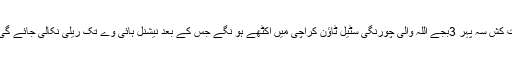
اس سلسلے میں احتجاج کے طے شدہ پروگرام کے مطابق تمام محنت کش سہ پہر 3بجے اللہ والی چورنگی سٹیل ٹاؤن کراچی میں اکٹھے ہو نگے جس کے بعد نیشنل ہائی وے تک ریلی نکالی جائے گی اور نیشنل ہائی وے کو مطالبات کی منظوری تک بند کیا جائے گا۔